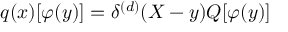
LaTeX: q ( x ) [ \varphi ( y ) ] = \delta ^ { ( d ) } ( X - y ) Q [ \varphi ( y ) ]